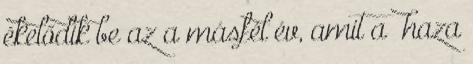
ékelődik be az a másfél év, amit a haza